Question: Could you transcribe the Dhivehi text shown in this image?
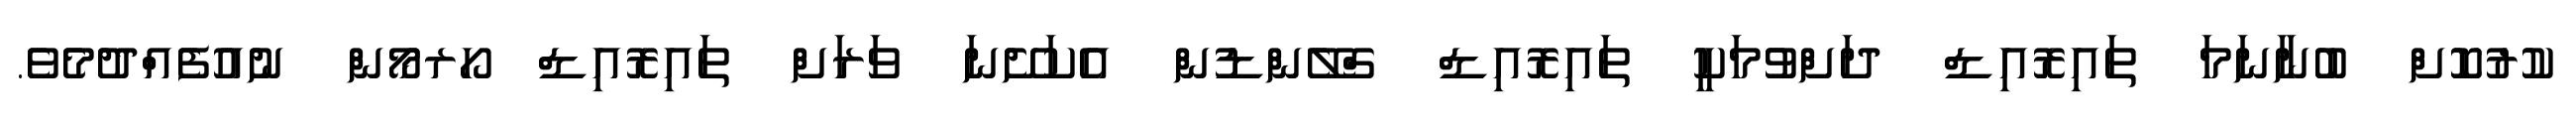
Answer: ކުރުކޮށް ބުނާނަމަ ތައިރޮއިޑް ދަށްވުމަކީ ތައިރޮއިޑް ގްލޭންޑުން އެކަށޭނަ ވަރަށް ތައިރޮއިޑް ހޯރމޯން ނުއުފެއްދުމެވެ.